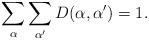
LaTeX: \begin{align*}\sum_\alpha\sum_{\alpha '} D(\alpha,\alpha ')=1.\end{align*}